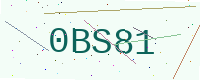
Text: 0BS81